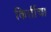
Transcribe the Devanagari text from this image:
किर्तीचा